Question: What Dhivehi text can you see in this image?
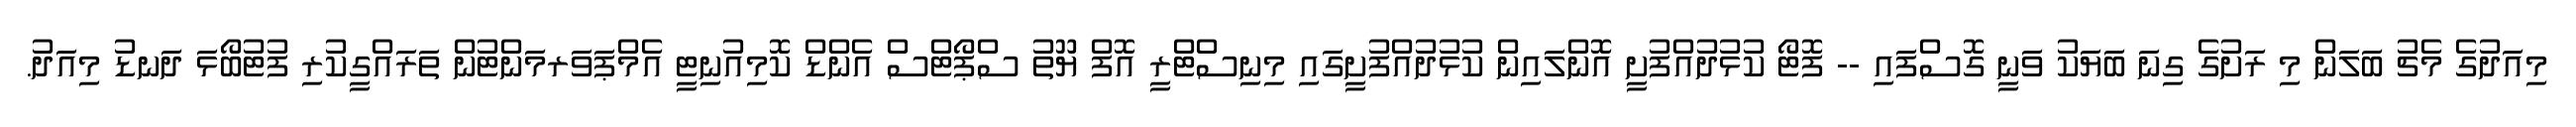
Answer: މިއަދުގެ މެޗު ބަލަން މި ރަށުގެ ގިނަ ބަޔަކު ވަނީ ގޮސްފައި -- ފޮޓޯ ކުޅުދުއްފުށީ އޮންލައިން ކުޅުދުއްފުށީގައި މިނިސްޓްރީ އޮފް ޔޫތު ސްޕޯޓްސް އެންޑް ކޮމިއުނިޓީ އެމްޕަވަރމަންޓުން ތަރައްގީކުރި ފުޓުބޯޅަ ދަނޑު މިއަދު.